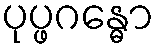
ပုပ္ဖဂန္ဓော